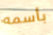
بأسمه